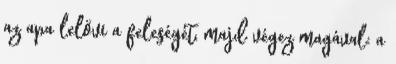
az apa lelövi a feleségét, majd végez magával: a